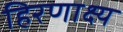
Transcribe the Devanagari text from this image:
हिरणाक्ष्य